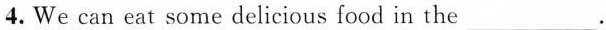
4.We can eat some delicious food in the ___